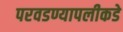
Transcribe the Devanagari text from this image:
परवडण्यापलीकडे